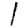
Digit: 1